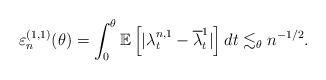
LaTeX: \begin{align*}\varepsilon^{(1,1)}_{n}(\theta)= \int_{0}^{\theta} \mathbb{E}\left[ |\lambda^{n,1}_{t}-\overline{\lambda}^{1}_{t}| \right] dt \lesssim_{\theta} n^{-1/2}.\end{align*}